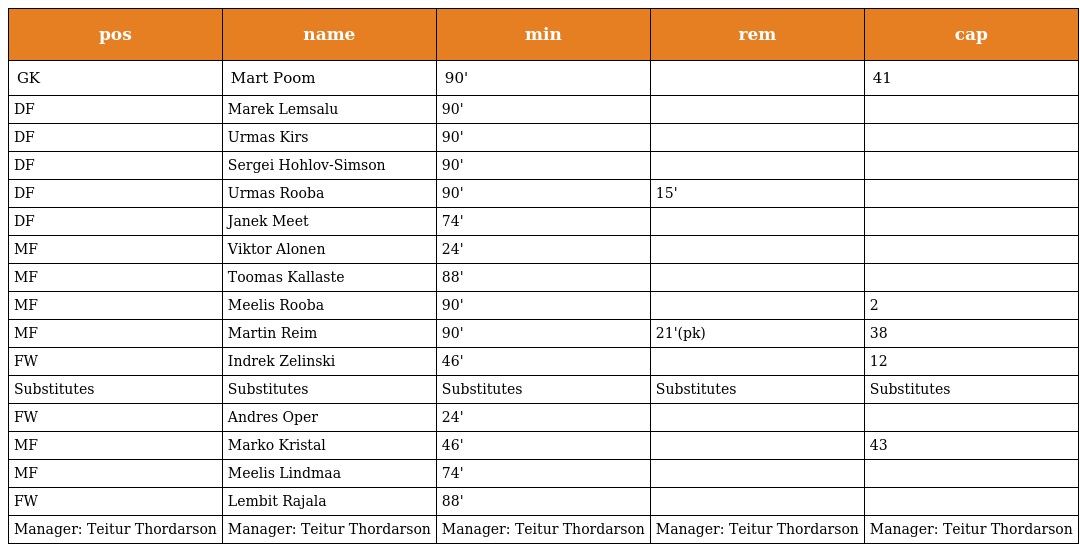
| pos | name | min | rem | cap |
 | --- | --- | --- | --- | --- |
 | GK | Mart Poom | 90' |  | 41 |
 | DF | Marek Lemsalu | 90' |  |  |
 | DF | Urmas Kirs | 90' |  |  |
 | DF | Sergei Hohlov-Simson | 90' |  |  |
 | DF | Urmas Rooba | 90' | 15' |  |
 | DF | Janek Meet | 74' |  |  |
 | MF | Viktor Alonen | 24' |  |  |
 | MF | Toomas Kallaste | 88' |  |  |
 | MF | Meelis Rooba | 90' |  | 2 |
 | MF | Martin Reim | 90' | 21'(pk) | 38 |
 | FW | Indrek Zelinski | 46' |  | 12 |
 | Substitutes | Substitutes | Substitutes | Substitutes | Substitutes |
 | FW | Andres Oper | 24' |  |  |
 | MF | Marko Kristal | 46' |  | 43 |
 | MF | Meelis Lindmaa | 74' |  |  |
 | FW | Lembit Rajala | 88' |  |  |
 | Manager: Teitur Thordarson | Manager: Teitur Thordarson | Manager: Teitur Thordarson | Manager: Teitur Thordarson | Manager: Teitur Thordarson |